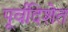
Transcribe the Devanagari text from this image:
पूर्वदिशेत